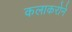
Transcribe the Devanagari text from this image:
कलाकरोने